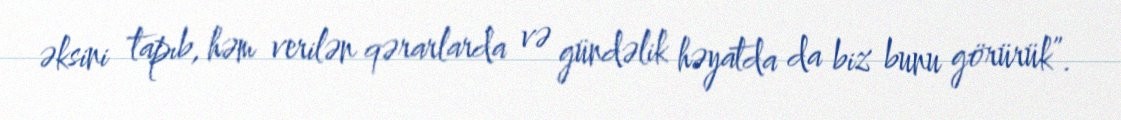
əksini tapıb, həm verilən qərarlarda və gündəlik həyatda da biz bunu görürük”.